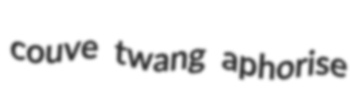
couve twang aphorise